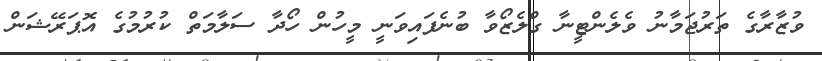
ވުޒާރާގެ ތަރުޖަމާނު ވެލެންޓީނާ ގްލެޒޯވާ ބުނެފައިވަނީ މީހުން ހޯދާ ސަލާމަތް ކުރުމުގެ އޮޕަރޭޝަން